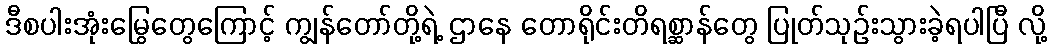
ဒီစပါးအုံးမြွေတွေကြောင့် ကျွန်တော်တို့ရဲ့ ဌာနေ တောရိုင်းတိရစ္ဆာန်တွေ ပြုတ်သုဉ်းသွားခဲ့ရပါပြီ လို့